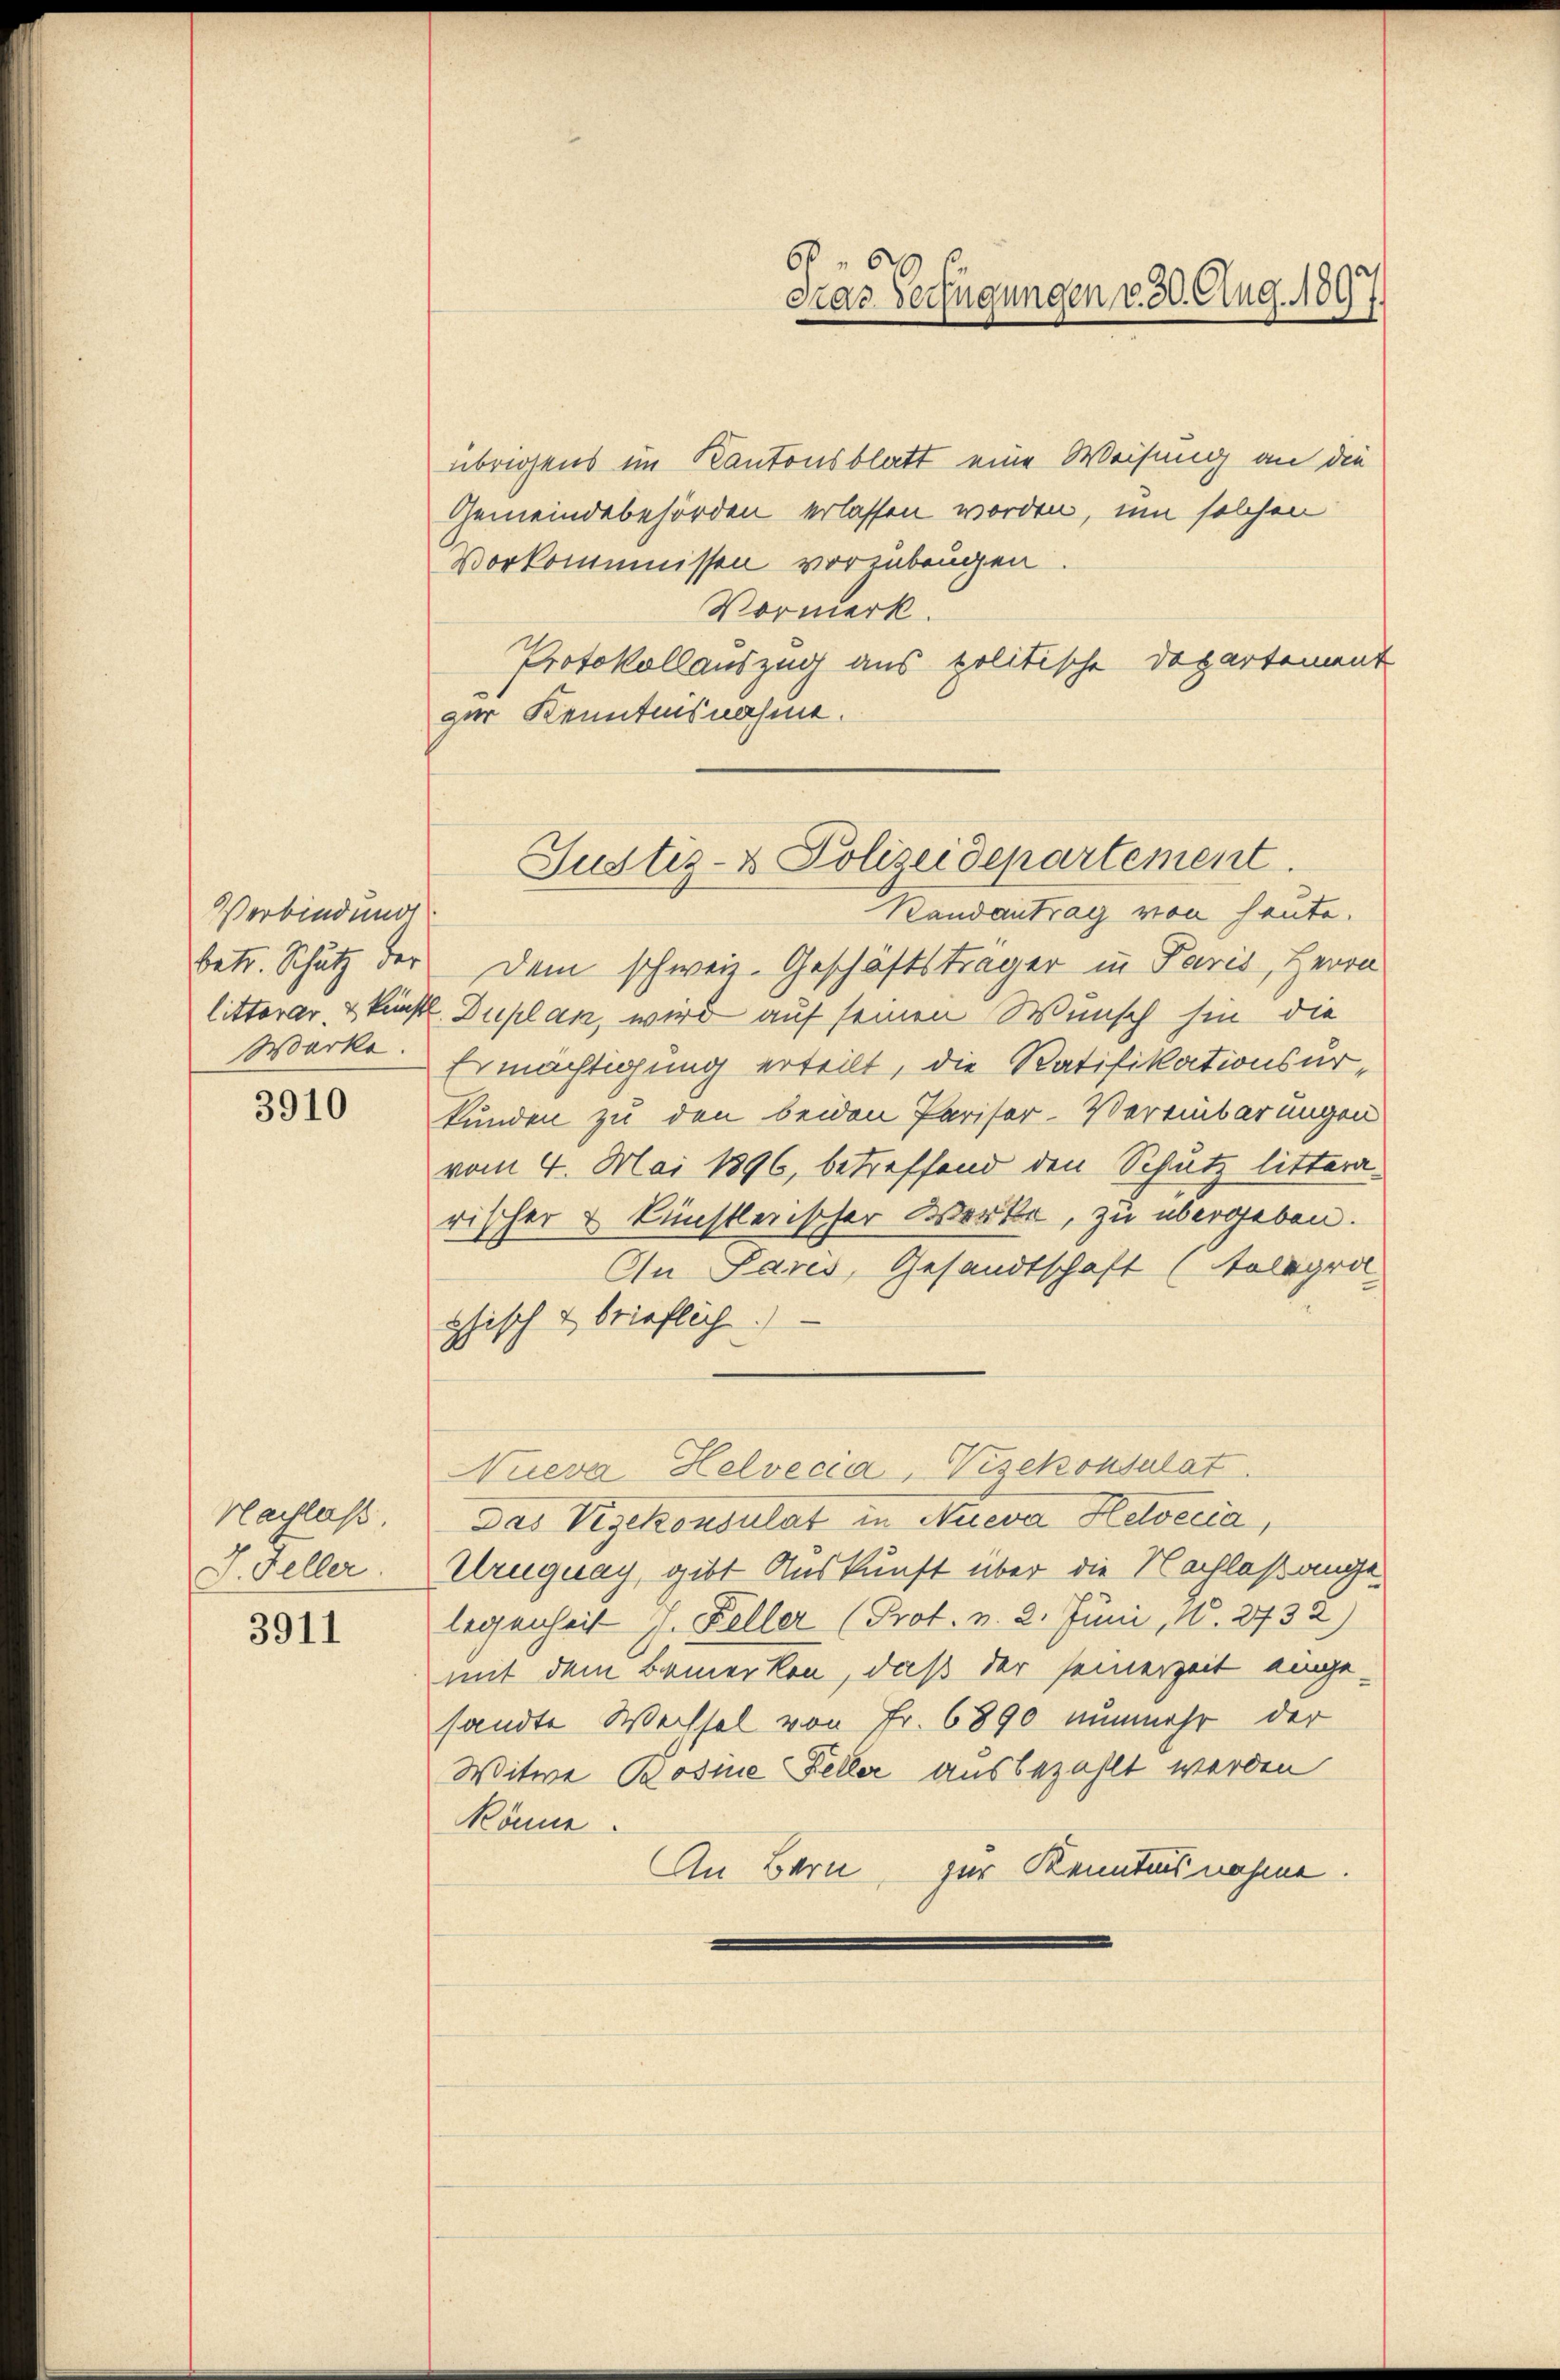
Verbindung
Werke.

3910

Nachlaß.
J. Feller.

3911

übrigens im Kantonsblatt eine Weisung an die
Gemeindebehörden erlassen worden, um solchen
Vorkommnissen vorzubeugen
Vormerk.
Protokollauszug aus politische Departement
zur Kenntnisnahme.

606
Fras Verfügungen v. 30. Aug. 1897.

Justiz- & Polizeidepartement.

Randantrag von heute.
betr. Schutz der dem schweiz. Geschäftsträger in Paris, Herrn
litterar & kunst Duplan, wird auf seinen Wunsch hin die
Ermächtigung erteilt, die Ratifikationsurkunden zu den beiden Pariser-Vereinbarungen
vom 4. Mai 1896, betreffend den Schutz litterarischer & künstlerischer Werke, zu übergeben.
An Paris, Gesandtschaft (Kolegra
phisch & brieflich.
Das gekonsulat in Aueva Helvetia,
Uruguay, gibt Auskunft über die Nachlaßangelegenheit J. Keller (Prot. v. 2. Juni, 1. 2732)
mit dem Bemerken, daß der seinerzeit ange-
sandte Wechsel von Fr. 6890 nunmehr der
Witwe Bosine Feller ausbezahlt werden
könne.
An Bern, zur Kenntnisnahme.

Nueva Helvecia, Visekonsulat